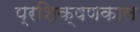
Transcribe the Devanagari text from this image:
प्रशिक्षणकाल